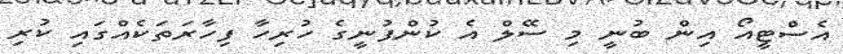
އެސްޓީއޯ އިން ބުނީ މި ސޭލް އެ ކުންފުނީގެ ހުރިހާ ފިހާރަތަކެއްގައި ކުރި